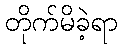
တိုက်မိခဲ့ရာ